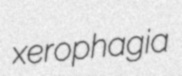
xerophagia